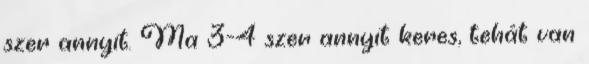
szer annyit. Ma 3-4 szer annyit keres, tehát van